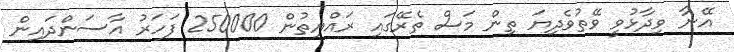
އޭނާ ވިދާޅުވީ ވޭތުވެދިޔަ ތިން މަސް ތެރޭގައި ރައްޔިތުން 250000 ފަހަރު އާސަންދައިން